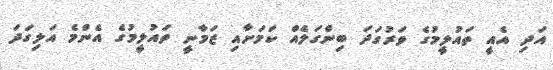
އަދި އެއީ ތައުލީމުގެ ވަރުގަދަ ބިންގަލެއް ކަމަށާއި ޒަމާނީ ތައުލީމުގެ އެންމެ އަލިގަދަ